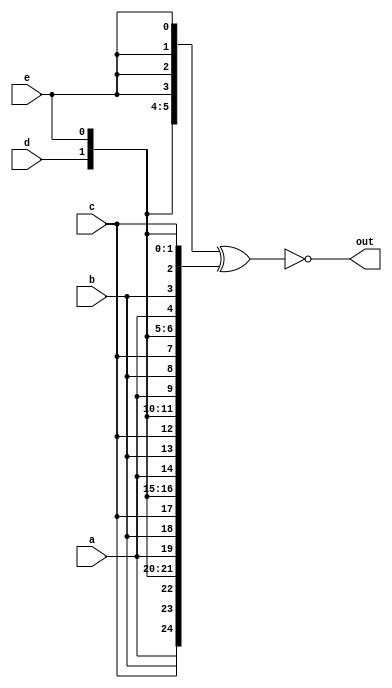
module top_module (
    input a, b, c, d, e,
    output [24:0] out 
    );
  
  wire [24:0] w1,w2;
  
  assign w1  = {{5{a}}, {5{b}}, {5{c}}, {5{d}}, {5{e}}};
  assign w2  = { { 5{a,b,c,d,e} } };
  assign out = ~(w1 ^ w2);
  
endmodule